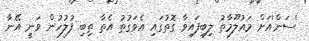
'ސަން'އަށް މައުލޫމާތު ލިބިފައިވާ ގޮތުގައި އެވަގުތު އެތާ ތިބި ފުލުހުން ވަނީ އޭނާ